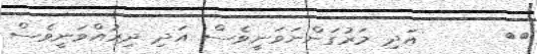
٤٥      އަދި މަރުގަންނަވަނީވެސް އަދި ދިރުއްވަނީވެސް